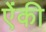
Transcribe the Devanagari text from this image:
ऐंकी